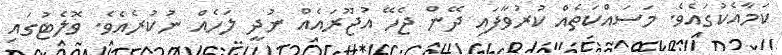
ކަމާއެކުގައެވެ. މަސައްކަތެއް ކުރުވާފައި ދޭން ޖެހޭ އުޖޫރައެއް ނުދީ ލަހެއް ނުކުރެއެވެ. ވޮލެޓުގައި